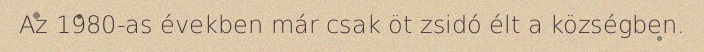
Az 1980-as években már csak öt zsidó élt a községben.